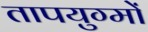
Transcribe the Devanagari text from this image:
तापयुग्मों